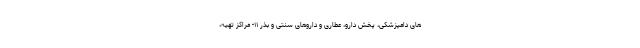
های دامپزشکی، پخش دارو، عطاری و داروهای سنتی و بذر ۱۱- مراکز تهیه،